Report of the Municipal Commissioner on the plague in Bombay for the year ending 31st May... - Volume 2
Disease focus: Plague
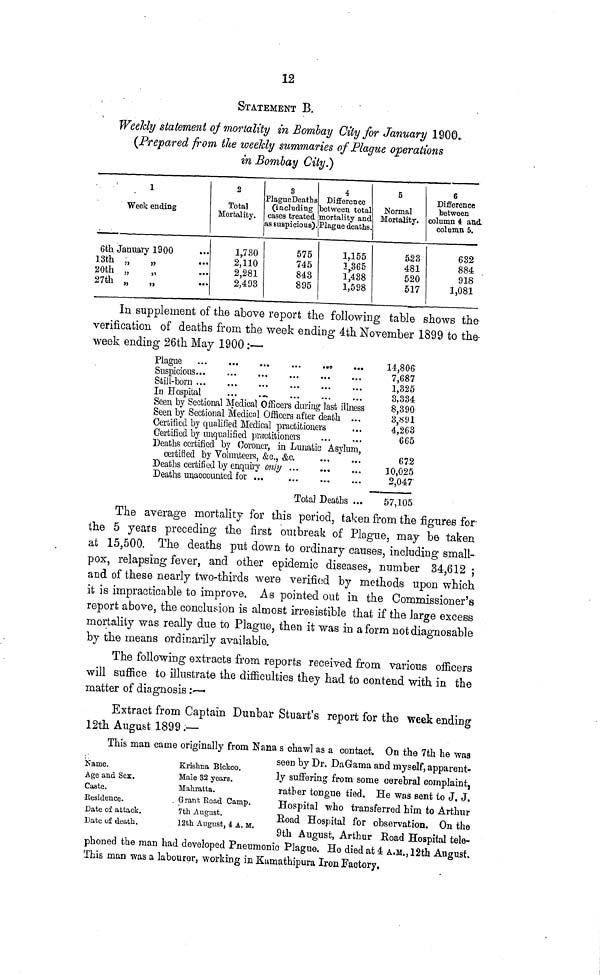
12
STATEMENT B.
Weeldy statement of mortality in Bombay City for January 1900.
(Prepared from the weekly summaries of Plague operations
in Bombay City.)
1
Week ending
Gfch January 1900
13th „
20th „
„
27th „
„
2
Total
Mortality.
I r 730
2,110
2,281
2,493
8
Plague Deaths
(including
cases treated
as suspicious).
575
745
843
895
4
Difference
between total
mortality and
Plague deaths.
1,155
1,365
1,438
1,598
5
Normal
Mortality.
5-23
481
520
517
6
Difference
between
column 4 and.
column 5.
632
884
918
1,081
In supplement of the above report the following table shows the
verification of deaths from the week ending 4th November 1899 to the-
week ending 26th May 1900:—
Plague
.
Suspicious
Still-born
ID Hospital
...
._
Seen by Sectional Medical Officers during last illness
Seen by Sectional Medical Officers after death ...
Certified by qualified Medical practitioners
Certified by unqualified practitioners
Deaths certified by Coroner, in Lunatic Asylum
certified by Volunteers, &c., &c.
... " .
Deaths certified by enquiry only
,
Deaths unaccounted for ...
Total Deaths ...
14,806
7,687
1,325
3,334
8,390
3,891
4,263
665
672
10,025
2,047
57,105
The average mortality for this period, taken from the figures for
the 5 years preceding the first outbreak of Plague, may be taken
at 15,500. The deaths put down to ordinary causes, including small-
pox, relapsing fever, and other epidemic diseases, number 34,612 ;
and of these nearly two-thirds were verified by methods upon which
it is impracticable to improve. As pointed out in the Commissioner's
report above, the conclusion is almost irresistible that if the large excess
mortality was really due to Plague, then it was in a form notdiagnosable
by the means ordinarily available.
The following extracts from reports received from various officers
will suffice to illustrate the difficulties they had to contend with in the
matter of diagnosis:—-
Extract from Captain Dunbar Stuart's report for the week ending
12th August 1899 ;—
This man came originally from Nana s chawl as a contact. On the 7th he was
Name.
Age and Sex.
Caste.
Residence.
Date of attack.
Date of death.
Krishna Bickoo.
Male 82 years.
Mahratta.
Grant Koad Camp.
7th August.
12th August, 4 A. M.
seen by Dr. DaGama and myself, apparent-
ly suffering from some cerebral complaint,
ratber tongue tied. He was sent to J. J.
Hospital who transferred him to Arthur
Road Hospital for observation. On the
9th August, Arthur Road Hospital tele-
pnoned t&e man naci developed rneumomc Jrlague. Me died at 4 A,M,,12tn August.
This man was a labourer, working in Kumathipura Iron Factory.